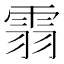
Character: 䨒